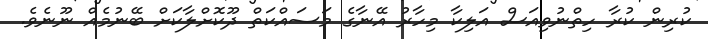
ކުރިން ކުރާ ހިތްނުވިއަސް އަލިކާ މިހާރު އޭނާގެ މަސައްކަތް ދޫކޮށްލާކަށް ބޭނުމެއް ނޫނެވެ.